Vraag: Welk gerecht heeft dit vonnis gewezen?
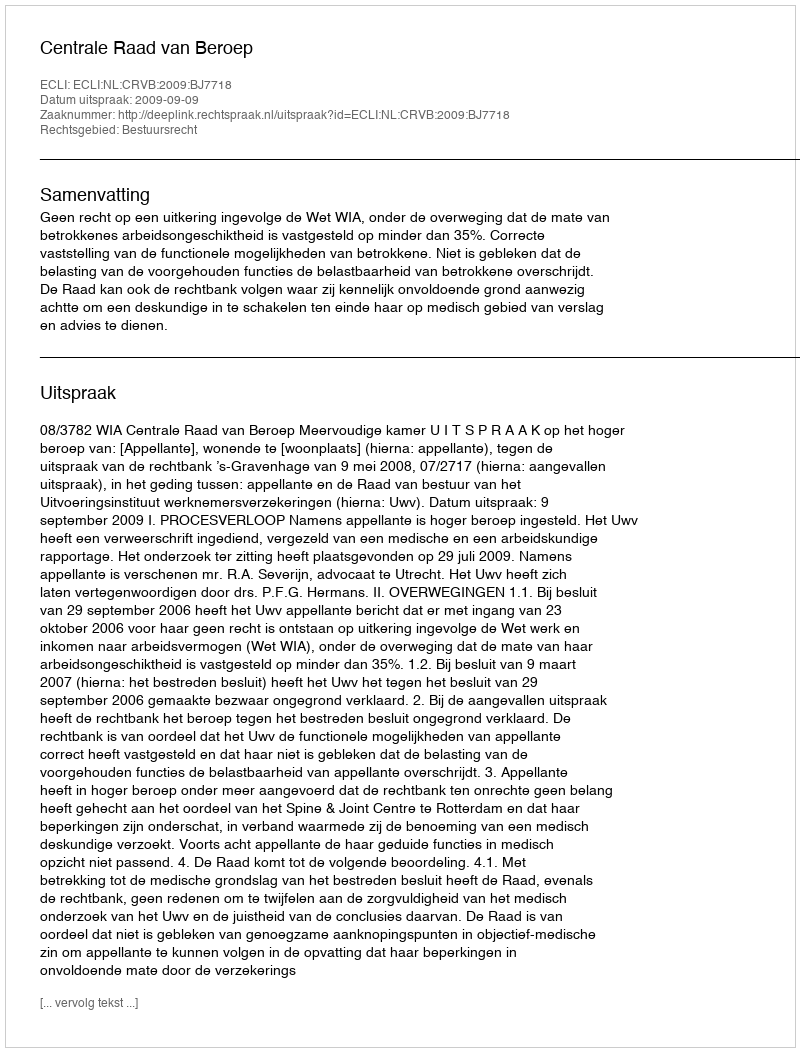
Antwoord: Centrale Raad van Beroep